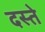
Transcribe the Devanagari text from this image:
दस्‍ते